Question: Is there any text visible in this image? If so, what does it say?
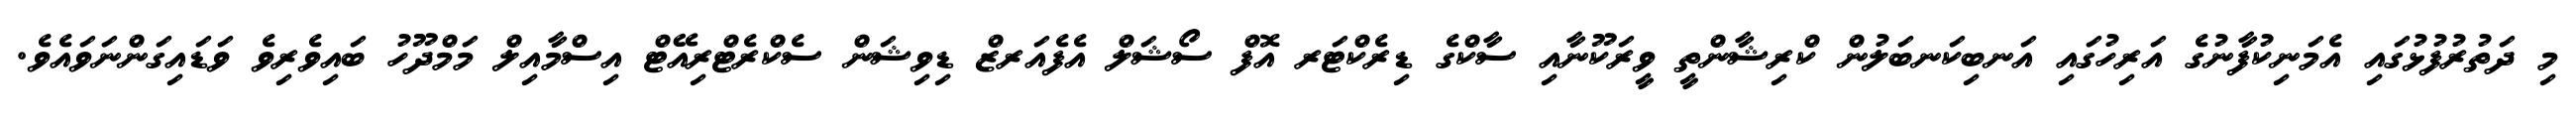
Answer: މި ދަތުރުފުޅުގައި އެމަނިކުފާނުގެ އަރިހުގައި އަނބިކަނބަލުން ކްރިޝާންތީ ވީރަކޫނާއި ސާކްގެ ޑިރެކްޓަރ އޮފް ސޯޝަލް އެފެއަރޒް ޑިވިޝަން ސެކްރެޓްރިއޭޓް އިސްމާއިލް މަމްދޫހު ބައިވެރިވެ ވަޑައިގަންނަވައެވެ.